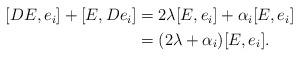
LaTeX: \begin{align*}\begin{aligned}\null[DE, e_i] + [E, De_i] & = 2 \lambda [E,e_i] + \alpha_i [E,e_i] \\&= (2\lambda + \alpha_i) [E, e_i].\end{aligned}\end{align*}